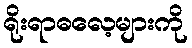
ရိုးရာဓလေ့များကို